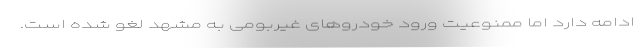
ادامه دارد اما ممنوعیت ورود خودروهای غیربومی به مشهد لغو شده است.